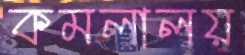
কমলালয়